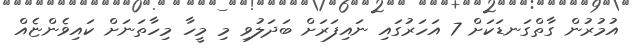
އުމުރުން ގާތްގަނޑަކަށް 7 އަހަރުގައި ނައިފަރަށް ބަދަލުވި މި މީހާ މިހާތަނަށް ކައިވެންޏެއް